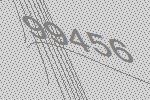
99456